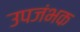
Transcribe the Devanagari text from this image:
उपजंभक